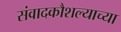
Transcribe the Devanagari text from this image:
संवादकौशल्याच्या